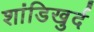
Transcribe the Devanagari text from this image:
शांडिखुर्द